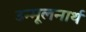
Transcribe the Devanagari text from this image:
उन्मूलनार्थ